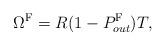
LaTeX: \begin{align*}\Omega^{\mathrm{F}} = R(1-P^{\mathrm{F}}_{out})T,\end{align*}